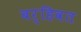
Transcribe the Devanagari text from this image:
बर्हिवत